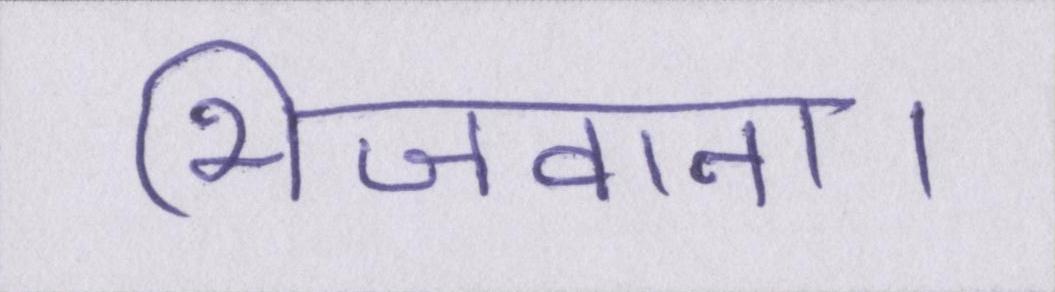
भिजवाना।